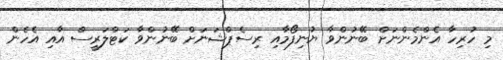
މި ހުރިހާ އެންމެންނަށް ބޭނުންވާ ޔުނިފޯމާއި ރިސެޕްޝަނަށް ބޭނުންވާ ކަޓްލަރީސް އާއި އެހެން